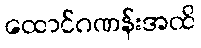
ထောင်ဂဏန်းအထိ